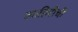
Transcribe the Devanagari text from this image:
लाहिरीची